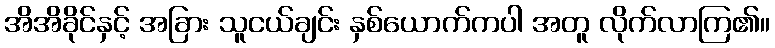
အိအိခိုင်နှင့် အခြား သူငယ်ချင်း နှစ်ယောက်ကပါ အတူ လိုက်လာကြ၏။